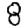
Digit: 8